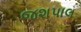
જશપાલ